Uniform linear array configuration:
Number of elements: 12
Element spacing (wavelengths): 0.75
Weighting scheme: hamming
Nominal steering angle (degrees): -30
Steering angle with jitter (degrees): -31.703
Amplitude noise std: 0.05
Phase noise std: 0.05

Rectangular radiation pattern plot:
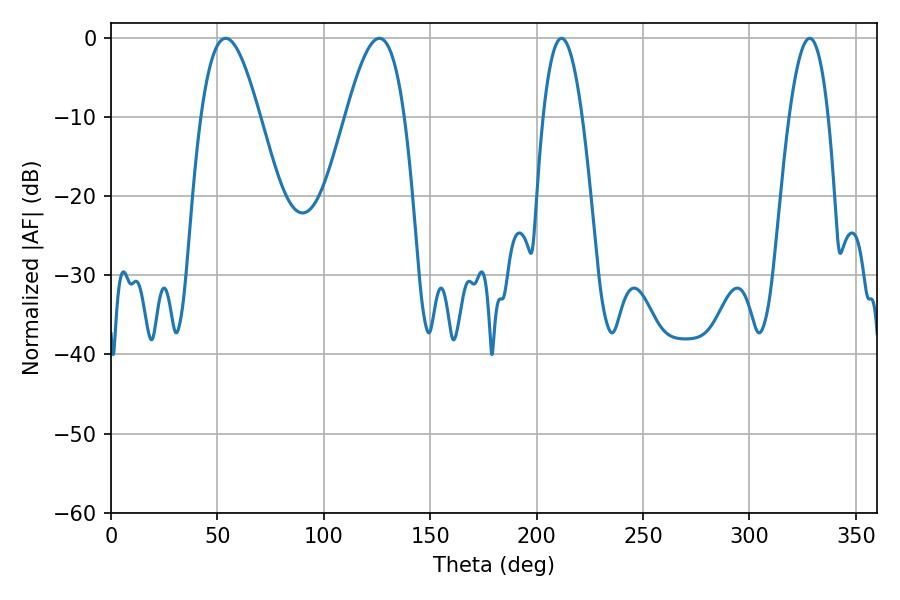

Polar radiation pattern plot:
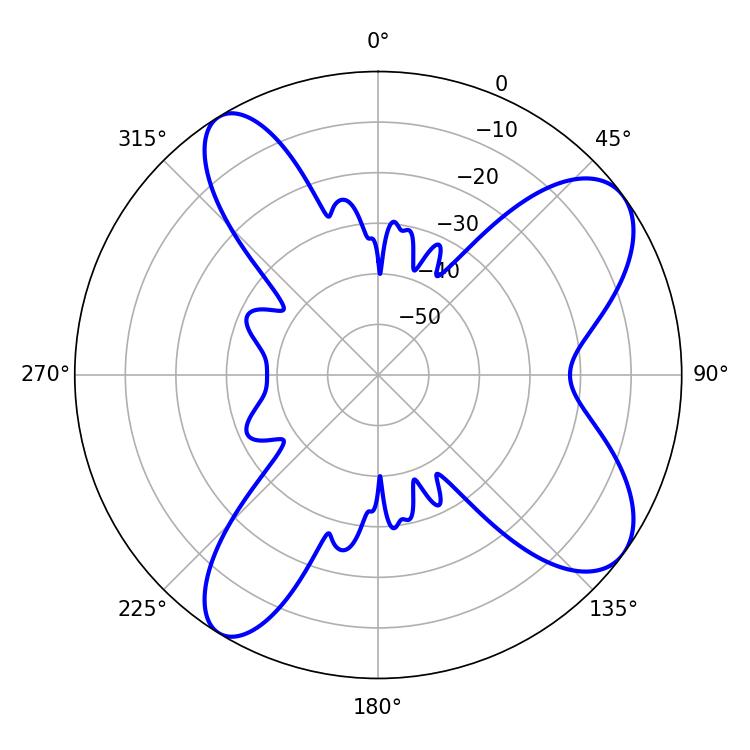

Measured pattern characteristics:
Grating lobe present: TRUE
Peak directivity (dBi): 8.754
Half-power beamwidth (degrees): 10.08
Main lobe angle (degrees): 211.68